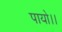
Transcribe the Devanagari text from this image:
पायो।।